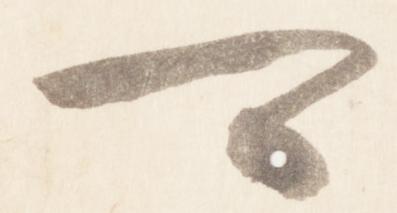
可